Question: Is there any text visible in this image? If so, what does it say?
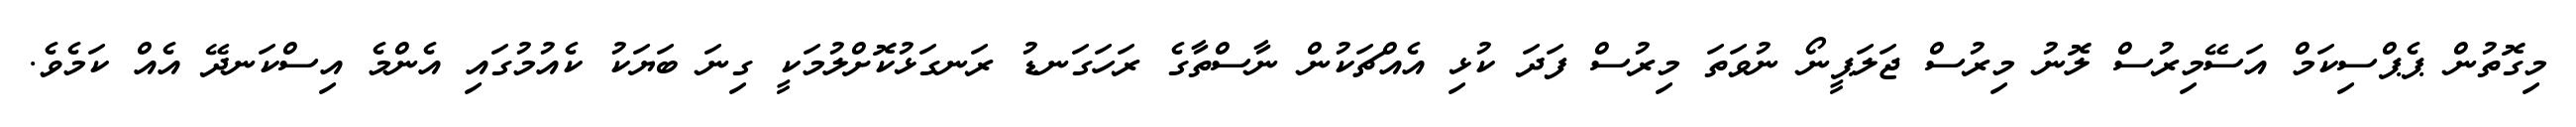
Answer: މިގޮތުން ޕެޕްސިކަމް އަސޭމިރުސް ލޮނު މިރުސް ޖަލަޕީނޯ ނުވަތަ މިރުސް ފަދަ ކުޅި އެއްޗަކުން ނާސްތާގެ ރަހަގަނޑު ރަނގަޅުކޮށްލުމަކީ ގިނަ ބަޔަކު ކެއުމުގައި އެންމެ އިސްކަނދޭ އެއް ކަމެވެ.